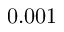
0 . 0 0 1